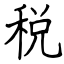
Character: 税